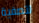
لتصفية